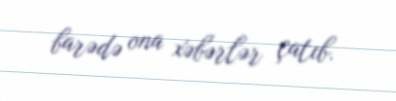
barədə ona xəbərlər çatıb.